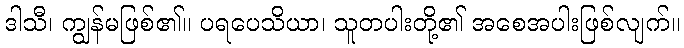
ဒါသီ၊ ကျွန်မဖြစ်၏။ ပရပေသိယာ၊ သူတပါးတို့၏ အစေအပါးဖြစ်လျက်။